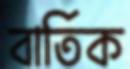
বার্তিক